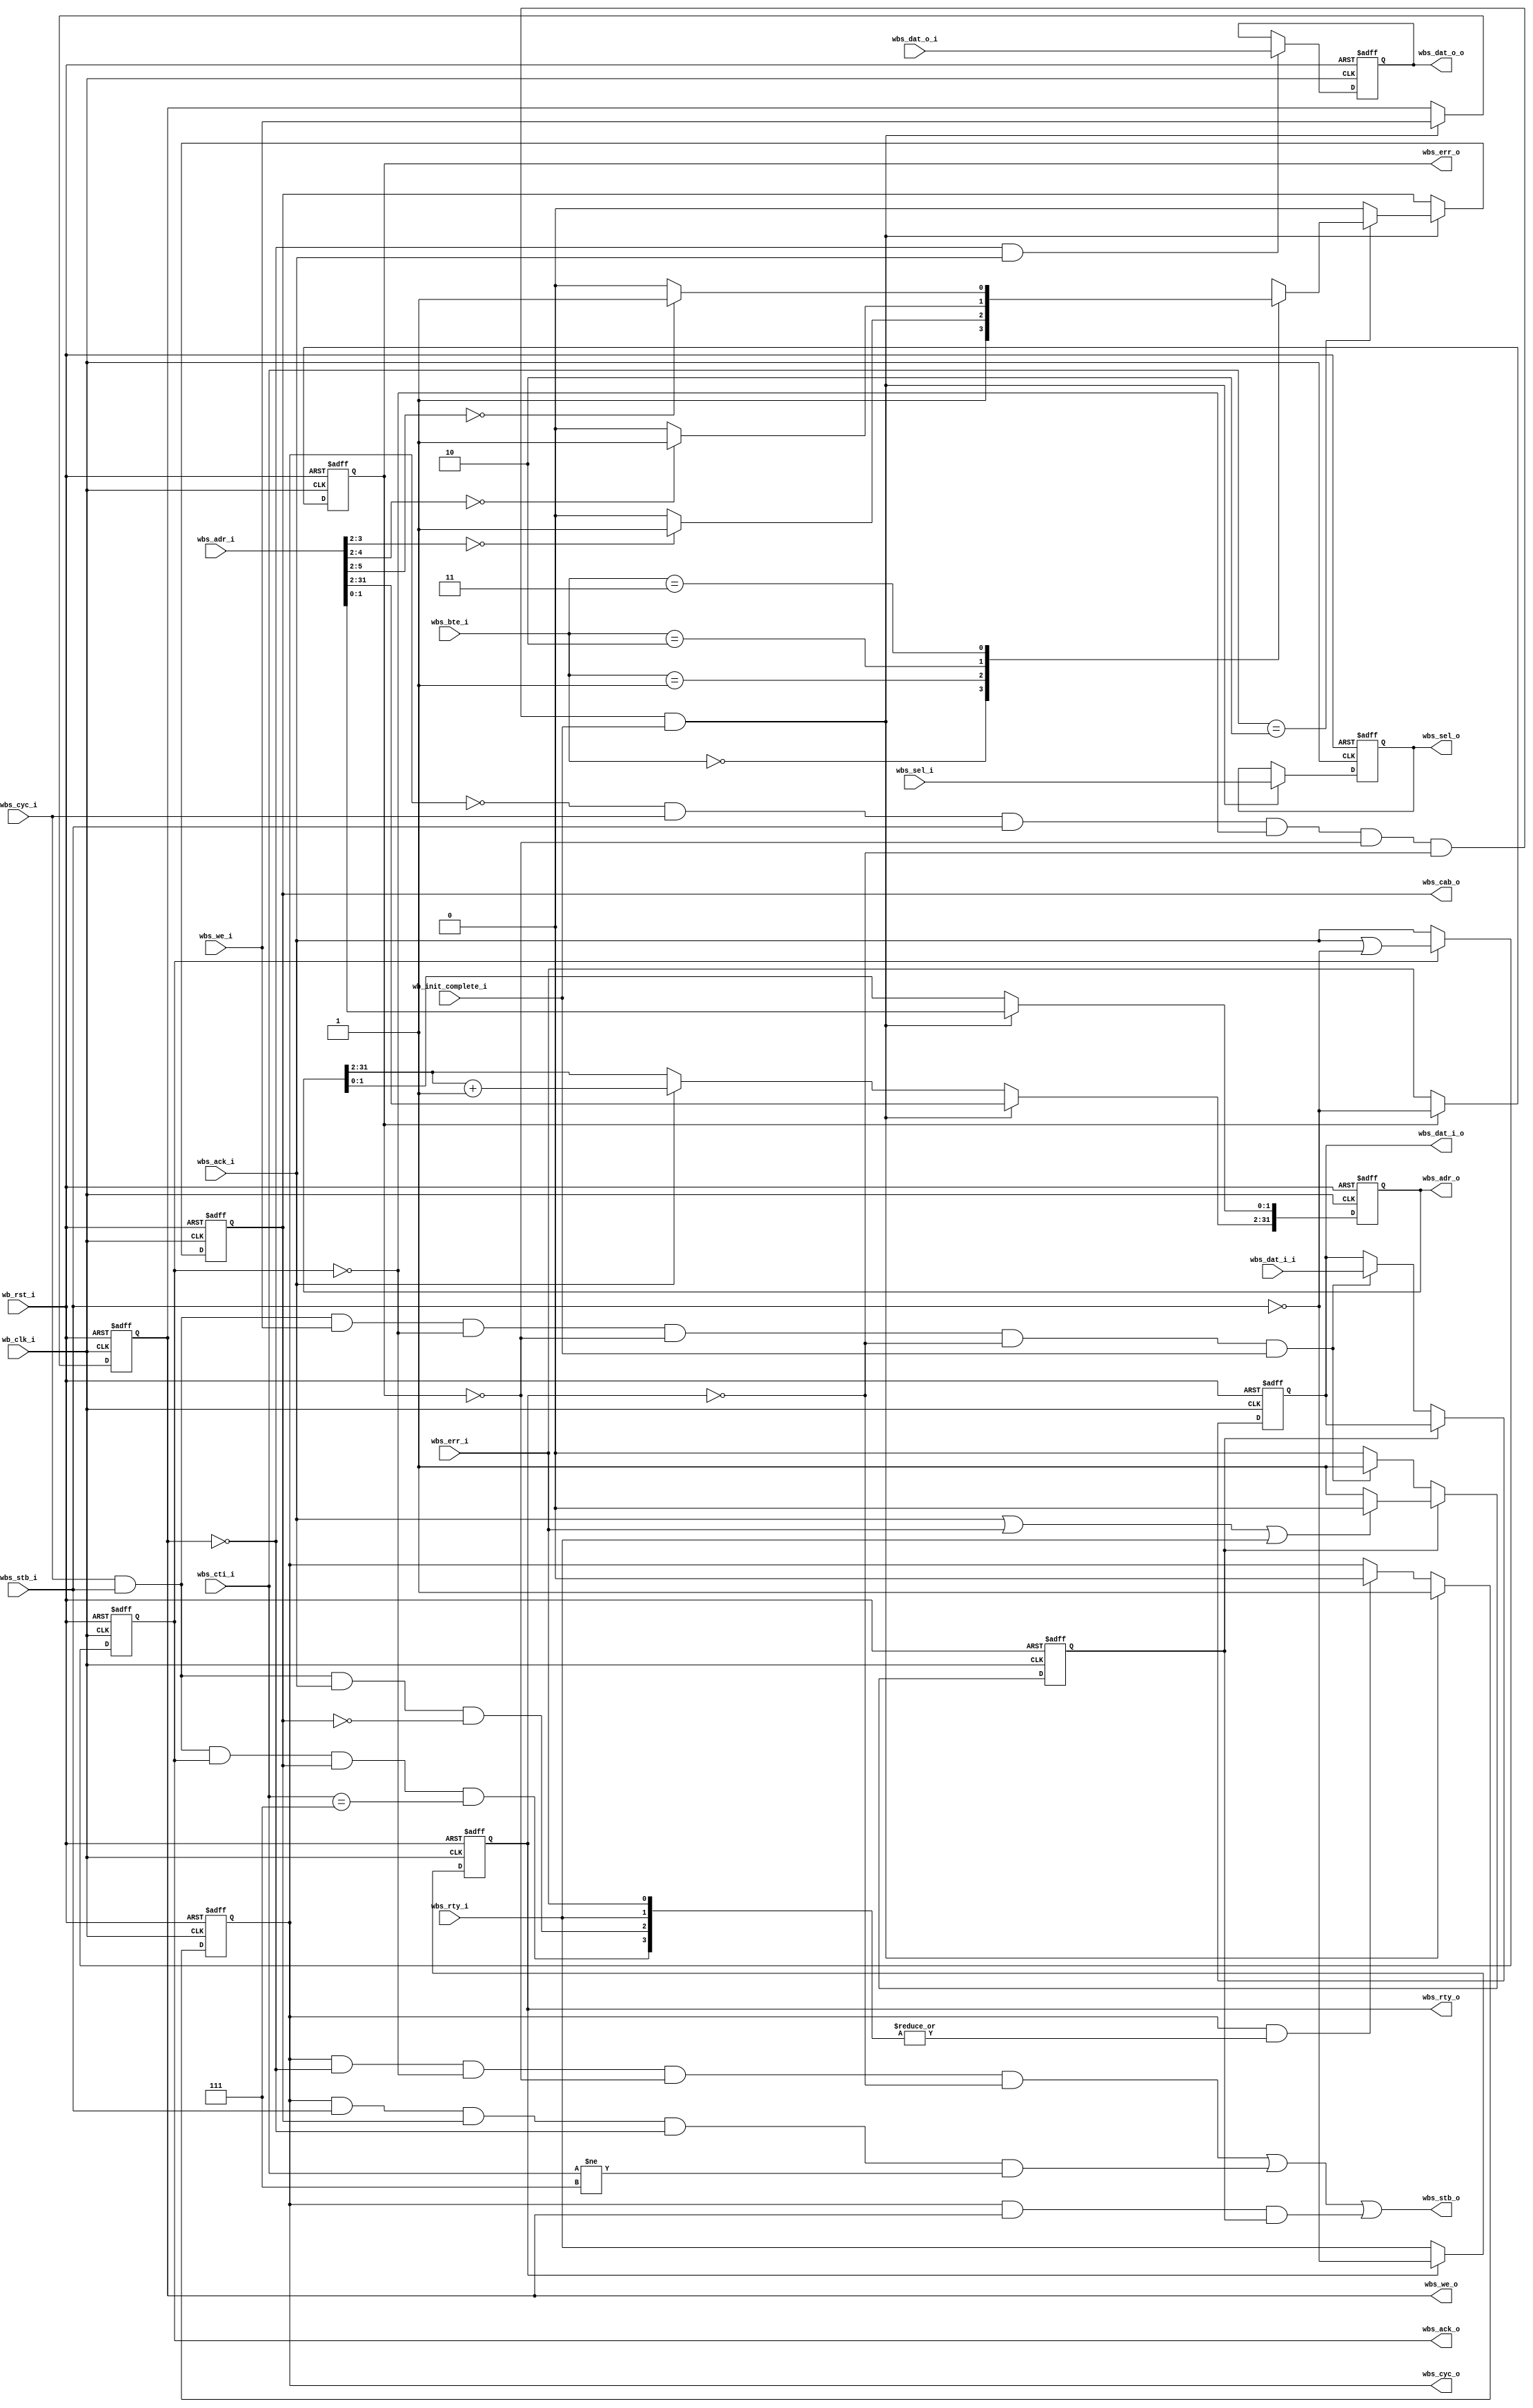
//////////////////////////////////////////////////////////////////////
////                                                              ////
////  File name "pci_wbs_wbb3_2_wbb2.v"                           ////
////                                                              ////
////  This file is part of the "PCI bridge" project               ////
////  http://www.opencores.org/cores/pci/                         ////
////                                                              ////
////  Author(s):                                                  ////
////      - Miha Dolenc (mihad@opencores.org)                     ////
////                                                              ////
////                                                              ////
////                                                              ////
//////////////////////////////////////////////////////////////////////
////                                                              ////
//// Copyright (C) 2003 Miha Dolenc, mihad@opencores.org          ////
////                                                              ////
//// This source file may be used and distributed without         ////
//// restriction provided that this copyright statement is not    ////
//// removed from the file and that any derivative work contains  ////
//// the original copyright notice and the associated disclaimer. ////
////                                                              ////
//// This source file is free software; you can redistribute it   ////
//// and/or modify it under the terms of the GNU Lesser General   ////
//// Public License as published by the Free Software Foundation; ////
//// either version 2.1 of the License, or (at your option) any   ////
//// later version.                                               ////
////                                                              ////
//// This source is distributed in the hope that it will be       ////
//// useful, but WITHOUT ANY WARRANTY; without even the implied   ////
//// warranty of MERCHANTABILITY or FITNESS FOR A PARTICULAR      ////
//// PURPOSE.  See the GNU Lesser General Public License for more ////
//// details.                                                     ////
////                                                              ////
//// You should have received a copy of the GNU Lesser General    ////
//// Public License along with this source; if not, download it   ////
//// from http://www.opencores.org/lgpl.shtml                     ////
////                                                              ////
//////////////////////////////////////////////////////////////////////
//
// CVS Revision History
//
// $Log: not supported by cvs2svn $
// Revision 1.4  2004/01/24 11:54:18  mihad
// Update! SPOCI Implemented!
//
// Revision 1.3  2003/12/19 11:11:30  mihad
// Compact PCI Hot Swap support added.
// New testcases added.
// Specification updated.
// Test application changed to support WB B3 cycles.
//
// Revision 1.2  2003/12/01 16:20:56  simons
// ifdef - endif statements put in separate lines for flint compatibility.
//
// Revision 1.1  2003/08/12 13:58:19  mihad
// Module that converts slave WISHBONE B3 accesses to
// WISHBONE B2 accesses with CAB.
//
//

module pci_wbs_wbb3_2_wbb2
(
    wb_clk_i,
    wb_rst_i,

    wbs_cyc_i,
    wbs_cyc_o,
    wbs_stb_i,
    wbs_stb_o,
    wbs_adr_i,
    wbs_adr_o,
    wbs_dat_i_i,
    wbs_dat_i_o,
    wbs_dat_o_i,
    wbs_dat_o_o,
    wbs_we_i,
    wbs_we_o,
    wbs_sel_i,
    wbs_sel_o,
    wbs_ack_i,
    wbs_ack_o,
    wbs_err_i,
    wbs_err_o,
    wbs_rty_i,
    wbs_rty_o,
    wbs_cti_i,
    wbs_bte_i,
    wbs_cab_o,
    wb_init_complete_i
) ;

input       wb_clk_i    ;
input       wb_rst_i    ;

input           wbs_cyc_i           ;
output          wbs_cyc_o           ;
input           wbs_stb_i           ;
output          wbs_stb_o           ;
input   [31:0]  wbs_adr_i           ;
output  [31:0]  wbs_adr_o           ;
input   [31:0]  wbs_dat_i_i         ;
output  [31:0]  wbs_dat_i_o         ;
input   [31:0]  wbs_dat_o_i         ;
output  [31:0]  wbs_dat_o_o         ;
input           wbs_we_i            ;
output          wbs_we_o            ;
input   [ 3:0]  wbs_sel_i           ;
output  [ 3:0]  wbs_sel_o           ;
input           wbs_ack_i           ;
output          wbs_ack_o           ;
input           wbs_err_i           ;
output          wbs_err_o           ;
input           wbs_rty_i           ;
output          wbs_rty_o           ;
input   [ 2:0]  wbs_cti_i           ;
input   [ 1:0]  wbs_bte_i           ;
output          wbs_cab_o           ;
input           wb_init_complete_i  ;

reg             wbs_cyc_o           ;
reg     [31:0]  wbs_adr_o           ;
reg     [31:0]  wbs_dat_i_o         ;
reg             wbs_dat_i_o_valid   ;
reg     [31:0]  wbs_dat_o_o         ;
reg             wbs_we_o            ;
reg     [ 3:0]  wbs_sel_o           ;
reg             wbs_ack_o           ;
reg             wbs_err_o           ;
reg             wbs_rty_o           ; 
reg             wbs_cab_o           ;

always@(posedge wb_rst_i or posedge wb_clk_i)
begin
    if (wb_rst_i)
    begin
        wbs_cyc_o           <= 1'b0  ;
        wbs_adr_o           <= 32'h0 ;
        wbs_dat_i_o         <= 32'h0 ;
        wbs_dat_o_o         <= 32'h0 ;
        wbs_sel_o           <= 4'h0  ;
        wbs_we_o            <= 1'b0  ;
        wbs_dat_i_o_valid   <= 1'b0  ;
        wbs_cab_o           <= 1'b0  ;
    end
    else
    begin:transfer_and_transfer_adr_ctrl_blk
        reg start_cycle            ;
        reg [3:0] end_cycle        ;
        reg generate_int_adr       ;
        
        start_cycle  = ~wbs_cyc_o & wbs_cyc_i & wbs_stb_i & ~wbs_ack_o & ~wbs_err_o & ~wbs_rty_o & wb_init_complete_i ;
        
        // there is a few conditions when cycle must be terminated
        // I've put them into bit array for better readability of the code

        // 1st condition - pci bridge is signaling an error
        end_cycle[0] = wbs_err_i ;
    
        // 2nd condition - pci bridge is signaling a retry - that can be ignored via the defines
        end_cycle[1] = wbs_rty_i 
            `ifdef PCI_WBS_B3_RTY_DISABLE 
                & 1'b0 
            `endif 
                ;

        // 3rd condition - end non burst cycles as soon as pci bridge response is received
        end_cycle[2] = wbs_cyc_i & wbs_stb_i & wbs_ack_i & ~wbs_cab_o ;

        // 4th condition - end cycle when acknowledge and strobe are both asserted and master is signaling end of burst
        end_cycle[3] = wbs_cyc_i & wbs_stb_i & wbs_ack_o & wbs_cab_o & (wbs_cti_i == 3'b111) ;

        if (wbs_dat_i_o_valid)
        begin
            if (wbs_ack_i | wbs_err_i 
                `ifdef PCI_WBS_B3_RTY_DISABLE 
                `else 
                    | wbs_rty_i 
                `endif
                    )
                wbs_dat_i_o_valid <= 1'b0 ;
        end
        else
        begin
            if (wbs_cyc_i & wbs_stb_i & wbs_we_i & ~wbs_ack_o & ~wbs_err_o & ~wbs_rty_o & wb_init_complete_i)
            begin
                wbs_dat_i_o       <= wbs_dat_i_i ;
                wbs_dat_i_o_valid <= 1'b1 ;
            end
        end

        if (start_cycle)
        begin
            wbs_cyc_o   <= 1'b1         ;
            wbs_sel_o   <= wbs_sel_i    ;
            wbs_we_o    <= wbs_we_i     ;
            
            if (wbs_cti_i == 3'b010)
            begin
                case (wbs_bte_i)
                2'b00:  begin 
                            wbs_cab_o <= 1'b1 ; 
                        end
                2'b01:  begin
                            if (wbs_adr_i[3:2] == 2'b00)
                                wbs_cab_o <= 1'b1 ;
                            else
                                wbs_cab_o <= 1'b0 ;
                        end
                2'b10:  begin
                            if (wbs_adr_i[4:2] == 3'b000)
                                wbs_cab_o <= 1'b1 ;
                            else
                                wbs_cab_o <= 1'b0 ;
                        end
                2'b11:  begin
                            if (wbs_adr_i[5:2] == 4'b0000)
                                wbs_cab_o <= 1'b1 ;
                            else
                                wbs_cab_o <= 1'b0 ;
                        end
                endcase
            end
            else
            begin
                wbs_cab_o <= 1'b0 ;
            end
        end
        else if ( wbs_cyc_o & (|end_cycle) )
        begin
            wbs_cyc_o <= 1'b0 ;
        end        

        if (start_cycle)
            wbs_adr_o <= wbs_adr_i ;
        else if (wbs_ack_i)
            wbs_adr_o[31:2] <= wbs_adr_o[31:2] + 1'b1 ;

        if (~wbs_we_o & wbs_ack_i)
            wbs_dat_o_o <= wbs_dat_o_i ;
    end
end

always@(posedge wb_rst_i or posedge wb_clk_i)
begin
    if (wb_rst_i)
    begin
        wbs_ack_o <= 1'b0 ;
        wbs_err_o <= 1'b0 ;
        wbs_rty_o <= 1'b0 ;
    end
    else
    begin
        if (wbs_ack_o)
            wbs_ack_o <= wbs_ack_i | ~wbs_stb_i ;
        else
            wbs_ack_o <= wbs_ack_i ;
        
        if (wbs_err_o)
            wbs_err_o <= ~wbs_stb_i ;
        else
            wbs_err_o <= wbs_err_i ;

    `ifdef PCI_WBS_B3_RTY_DISABLE
        wbs_rty_o <= 1'b0 ;
    `else
        if (wbs_rty_o)
            wbs_rty_o <= ~wbs_stb_i ;
        else
            wbs_rty_o <= wbs_rty_i ;
    `endif
    end
end

assign wbs_stb_o = (wbs_cyc_o & ~wbs_we_o & ~wbs_ack_o & ~wbs_err_o & ~wbs_rty_o) |
                   (wbs_cyc_o & wbs_stb_i & wbs_cab_o & ~wbs_we_o & wbs_cti_i != 3'b111) |
                   (wbs_cyc_o & wbs_we_o & wbs_dat_i_o_valid) ;

endmodule